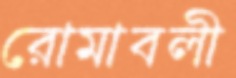
রোমাবলী